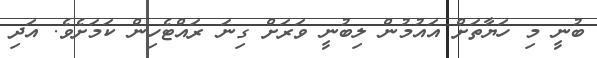
ބުނީ މި ހަޔާތަށް އައުމުން ލިބުނީ ވަރަށް ގިނަ ރައްޓެހިން ކަމަށެވެ. އަދި